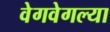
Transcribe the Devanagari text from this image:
वेगवेगल्या